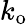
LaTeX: k_{\mathrm{o}}